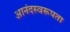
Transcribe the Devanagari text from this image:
आनंदस्वरूपता